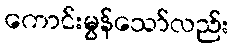
ကောင်းမွန်သော်လည်း